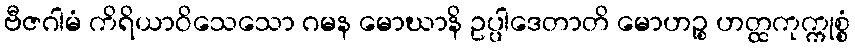
ဗီဇဂါမံ ကိရိယာဝိသေသော ဂမန မောဃာနိ ဥပ္ပါဒေတာတိ မောဟဉ္စ ဟတ္ထကုက္ကုစ္စံ